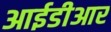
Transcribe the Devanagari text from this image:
आईडीआर